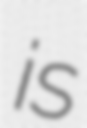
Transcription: is